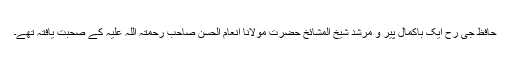
حافظ جی رح ایک باکمال پیر و مرشد شیخ المشائخ حضرت مولانا انعام الحسن صاحب رحمتہ اللہ علیہ کے صحبت یافتہ تھے۔